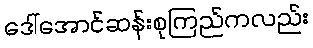
ဒေါ်အောင်ဆန်းစုကြည်ကလည်း